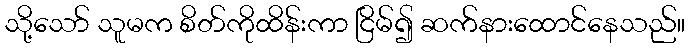
သို့သော် သူမက စိတ်ကိုထိန်းကာ ငြိမ်၍ ဆက်နားထောင်နေသည်။